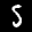
Label: 5